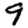
Digit: 9